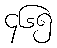
၄၆၅